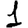
Digit: 1